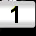
Digit: 1